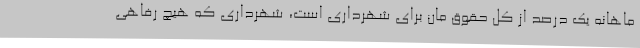
ماهانه یک درصد از کل حقوق مان برای شهرداری است، شهرداری که هیچ رفاهی